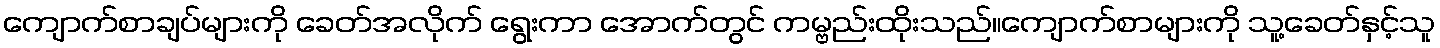
ကျောက်စာချပ်များကို ခေတ်အလိုက် ရွေးကာ အောက်တွင် ကမ္ဗည်းထိုးသည်။ကျောက်စာများကို သူ့ခေတ်နှင့်သူ